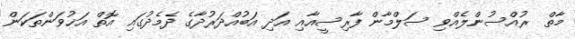
މާތް  ރުއްސުންލެއްވި ސަލްމާން ފާރިސީއާއި އަދި އަބުއްދަރުދާގެ ދެމެދުގައި އޮތް އަޚުވަންތަކަން